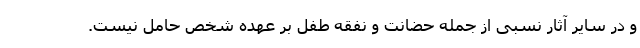
و در سایر آثار نسبی از جمله حضانت و نفقه طفل بر عهده شخص حامل نیست.